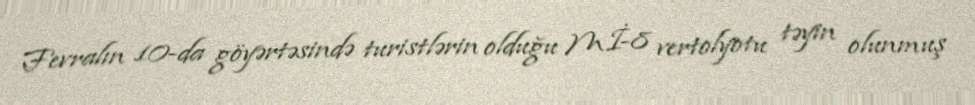
Fevralın 10-da göyərtəsində turistlərin olduğu Mİ-8 vertolyotu təyin olunmuş